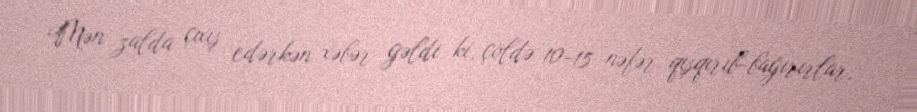
Mən zalda çıxış edərkən xəbər gəldi ki, çöldə 10-15 nəfər qışqırıb-bağırırlar,